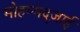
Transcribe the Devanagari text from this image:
मोहम्मद्ज़ाई